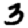
Digit: 3